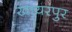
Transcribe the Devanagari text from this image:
खायरपुर